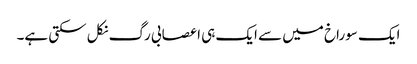
ایک سوراخ میں سے ایک ہی اعصابی رگ نکل سکتی ہے۔